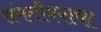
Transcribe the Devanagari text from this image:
संमतीवयाचा